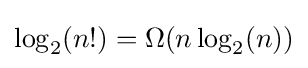
\log _{2}(n!)=\Omega (n\log _{2}(n))